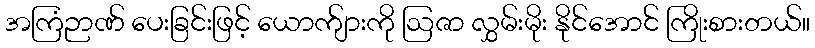
အကြံဉာဏ် ပေးခြင်းဖြင့် ယောက်ျားကို ဩဇာ လွှမ်းမိုး နိုင်အောင် ကြိုးစားတယ်။